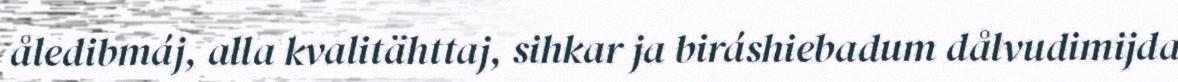
åledibmáj, alla kvalitähttaj, sihkar ja biráshiebadum dålvudimijda